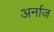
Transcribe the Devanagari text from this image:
अर्नाज